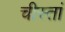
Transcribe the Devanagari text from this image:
चीस्तां